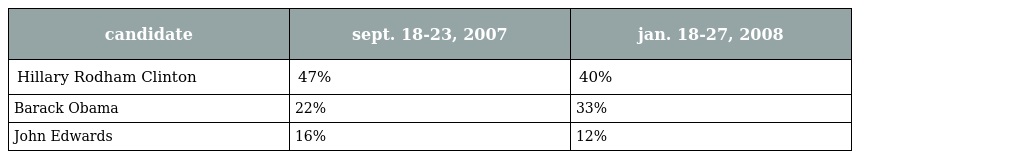
| candidate | sept. 18-23, 2007 | jan. 18-27, 2008 |
 | --- | --- | --- |
 | Hillary Rodham Clinton | 47% | 40% |
 | Barack Obama | 22% | 33% |
 | John Edwards | 16% | 12% |